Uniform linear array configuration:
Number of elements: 4
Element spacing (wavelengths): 0.75
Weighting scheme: uniform
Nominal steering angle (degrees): -30
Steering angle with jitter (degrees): -28.623
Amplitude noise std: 0.05
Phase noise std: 0.05

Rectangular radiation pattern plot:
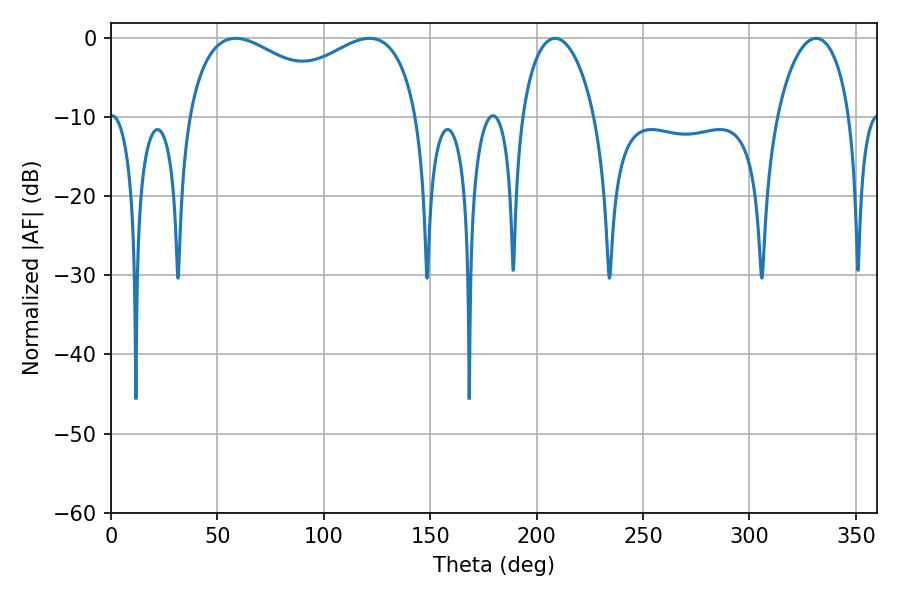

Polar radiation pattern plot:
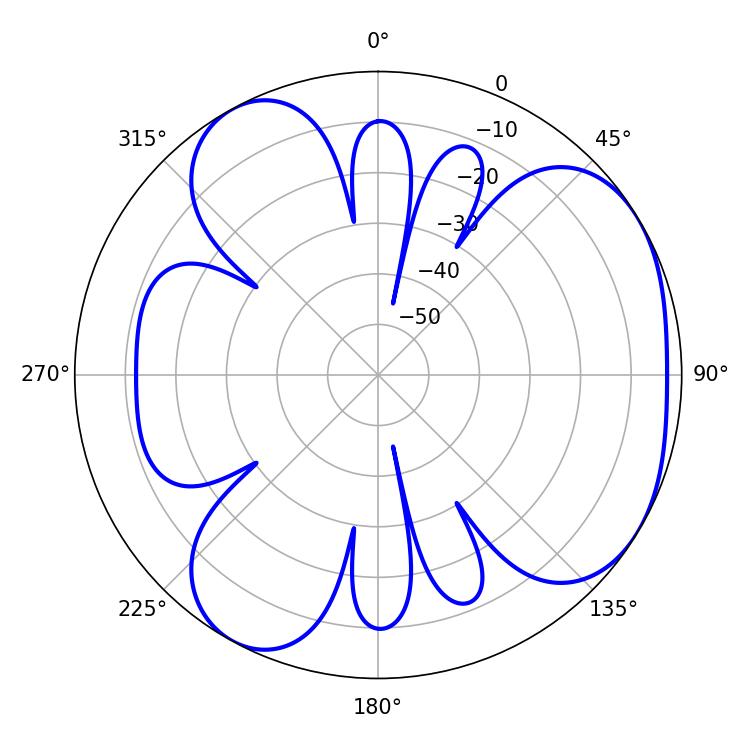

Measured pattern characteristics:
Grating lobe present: TRUE
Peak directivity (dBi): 4.42
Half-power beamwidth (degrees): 90.36
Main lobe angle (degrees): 58.5